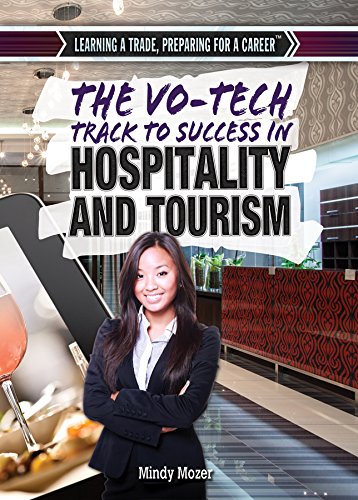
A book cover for The Vo-Tech Track to Success in Hospitality and Tourism (Learning a Trade, Preparing for a Career); Mindy Mozer; Teen & Young Adult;